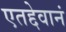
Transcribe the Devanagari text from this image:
एतद्देवानं